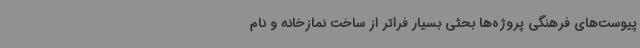
پیوست‌های فرهنگی پروژه‌ها بحثی بسیار فراتر از ساخت نمازخانه و نام